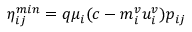
\eta _ { i j } ^ { m i n } = q \mu _ { i } ( c - m _ { i } ^ { v } u _ { i } ^ { v } ) p _ { i j }